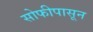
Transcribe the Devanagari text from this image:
सोफीपासून